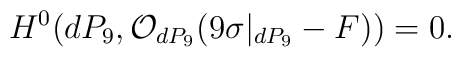
H^{0} (dP_9, {\cal O}_{dP_9}(9 \sigma|_{dP_{9}} -F))=0.